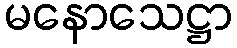
မနောသေဋ္ဌာ